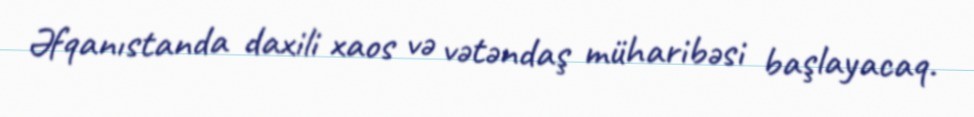
Əfqanıstanda daxili xaos və vətəndaş müharibəsi başlayacaq.